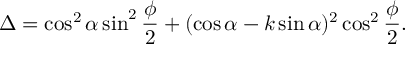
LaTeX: \Delta = \cos ^ { 2 } \alpha \sin ^ { 2 } \frac \phi 2 + ( \cos \alpha - k \sin \alpha ) ^ { 2 } \cos ^ { 2 } \frac \phi 2 .